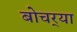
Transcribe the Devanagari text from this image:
बोचर्‍या